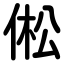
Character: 倯